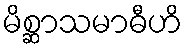
မိစ္ဆာသမာဓီဟိ